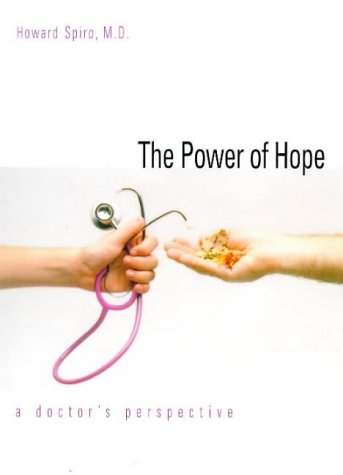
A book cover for The Power of Hope: A Doctor`s Perspective (Program for Humanities in Medicine, Yale University School o); Howard Spiro; Medical Books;